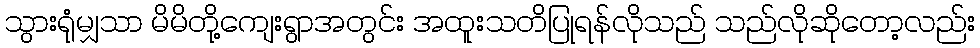
သွားရုံမျှသာ မိမိတို့ကျေးရွာအတွင်း အထူးသတိပြုရန်လိုသည် သည်လိုဆိုတော့လည်း